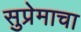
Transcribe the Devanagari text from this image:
सुप्रेमाचा